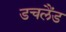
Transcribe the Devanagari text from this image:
डचलैंड